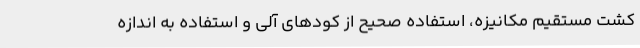
کشت مستقیم مکانیزه، استفاده صحیح از کودهای آلی و استفاده به اندازه